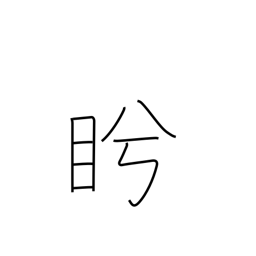
Meaning: glare at